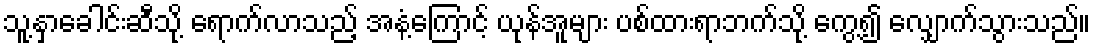
သူ့နှာခေါင်းဆီသို့ ရောက်လာသည့် အနံ့ကြောင့် ယုန်အူများ ပစ်ထားရာဘက်သို့ ကွေ့၍ လျှောက်သွားသည်။